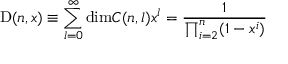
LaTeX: \mathrm { D } ( n , x ) \equiv \sum _ { l = 0 } ^ { \infty } \mathrm { d i m } C ( n , l ) x ^ { l } = \frac { 1 } { \prod _ { i = 2 } ^ { n } ( 1 - x ^ { i } ) }